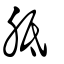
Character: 胝